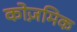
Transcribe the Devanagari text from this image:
कोज़मिक